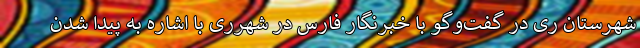
شهرستان ری در گفت‌وگو با خبرنگار فارس در شهرری با اشاره به پیدا شدن